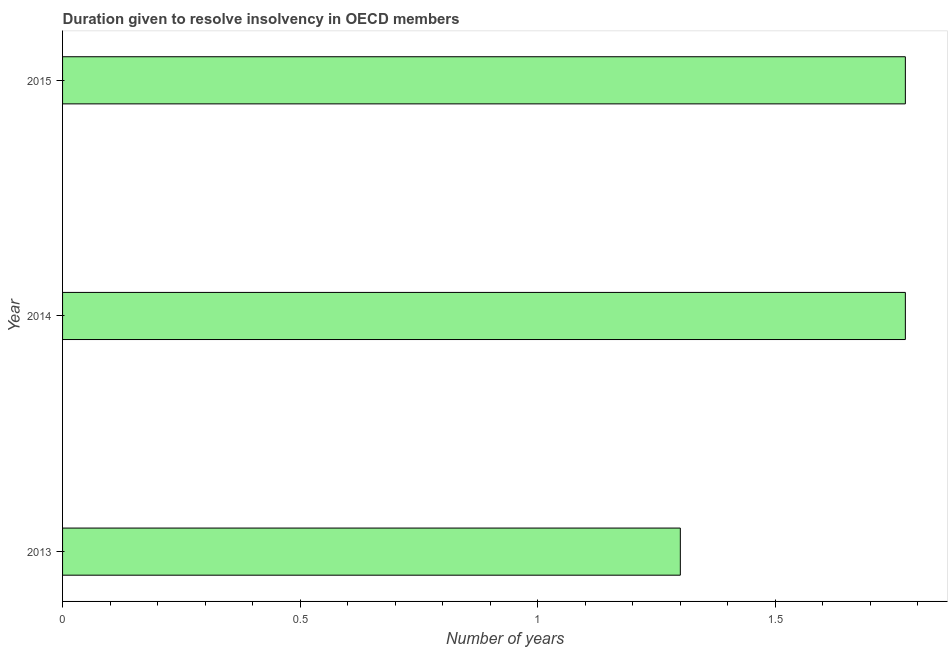
| Year | Resolve insolvency |
 | --- | --- |
 | 2013 | 1.3 |
 | 2014 | 1.77 |
 | 2015 | 1.77 |